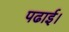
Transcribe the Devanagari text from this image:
पढाई।